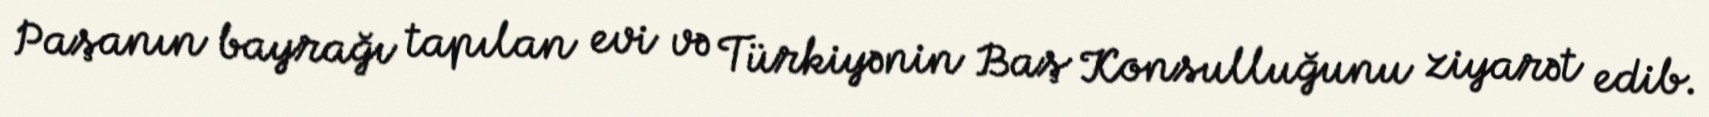
Paşanın bayrağı tapılan evi və Türkiyənin Baş Konsulluğunu ziyarət edib.